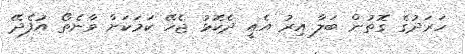
ހަރަދުގެ ގޮތުން ބަލާ އިރު އެއީ ދެކޮޅު ޖެހޭ ކަމަކަށް ވާނެތޯ އުފެދޭ